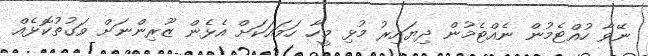
ނޭވާ ހުއްޓެމުން ނެއްޓެމުން ދިޔައިރު މުޅި މީހާ ހަމައަކަށް އެޅެން ޒޫރިންނަށް ވަގުތުކޮޅެއް